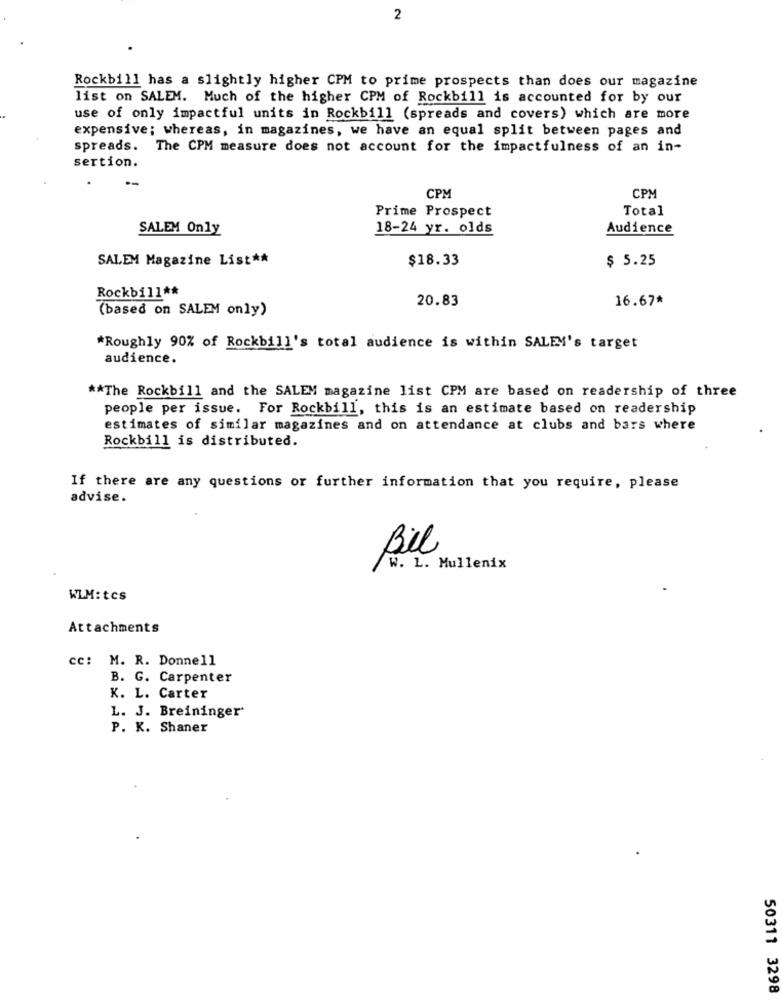
2
Rockbill has a slightly higher CPM to prime prospects than does our magazine
list on SALEM. Much of the higher CPM of Rockbill is accounted for by our
use of only impactful units in Rockbill (spreads and covers) which are more
expensive; whereas, in magazines, we have an equal split between pages and
spreads. The CPM measure does not account for the impactfulness of an in-
sertion.
--
CPM
CPM
Prime Prospect
Total
SALEM Only
18-24 yr. olds
Audience
SALEM Magazine List **
$18.33
$ 5.25
Rockbill##
20.83
16.67*
(based on SALEM only)
*Roughly 90% of Rockbill's total audience is within SALEM's target
audience.
** The Rockbill and the SALEM magazine list CPM are based on readership of three
people per issue. For Rockbill, this is an estimate based on readership
estimates of similar magazines and on attendance at clubs and bars where
Rockbill is distributed.
If there are any questions or further information that you require, please
advise.
Bil
W. L. Mullenix
WLM: tcs
Attachments
cc: M. R. Donnell
B. G. Carpenter
K. L. Carter
L. J. Breininger"
P. K. Shaner
50311 3298